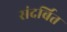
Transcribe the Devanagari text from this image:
संदर्बित